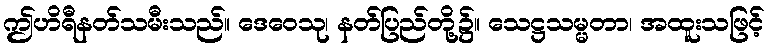
ဤဟိရီနတ်သမီးသည်။ ဒေဝေသု၊ နတ်ပြည်တို့၌။ သေဋ္ဌသမ္မတာ၊ အထူးသဖြင့်